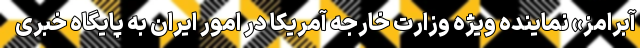
آبرامز» نماینده ویژه وزارت خارجه آمریکا در امور ایران به پایگاه خبری